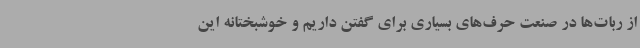
از ربات‌ها در صنعت حرف‌های بسیاری برای گفتن داریم و خوشبختانه این